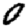
Digit: 0